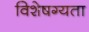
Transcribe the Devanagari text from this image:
विशेषग्यता